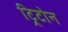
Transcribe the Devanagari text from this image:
ट्रिटोन